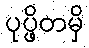
ပုပ္ဖိတမှိ